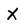
Character: X